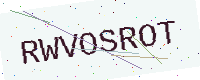
Text: RWVOSROT